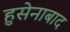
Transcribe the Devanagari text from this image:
हुसेनाबाद